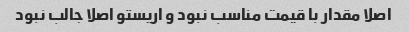
اصلا مقدار با قیمت مناسب نبود و اریستو اصلا جالب نبود